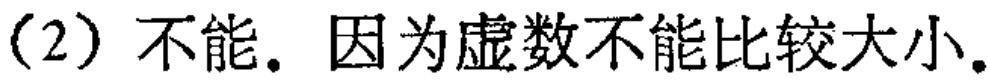
（2）不能. 因为虚数不能比较大小.